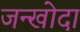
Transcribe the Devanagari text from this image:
जन्खोदा